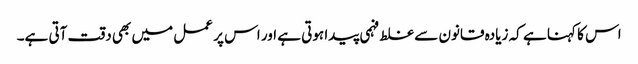
اس کا کہنا ہے کہ زیادہ قانون سے غلط فہمی پیدا ہوتی ہے اور اس پر عمل میں بھی دقت آتی ہے۔